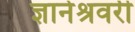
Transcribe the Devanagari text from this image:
ज्ञानेश्रवरी